Leaving Certificate Examination (including Day School Certificate (Higher) General paper), 1937
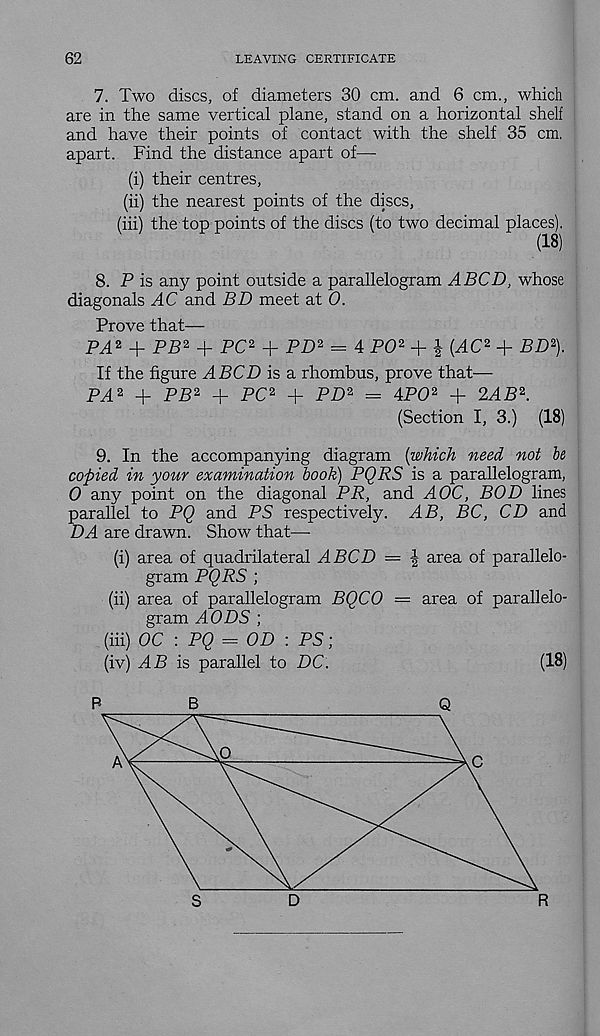
62
LEAVING CERTIFICATE
7. Two discs, of diameters 30 cm. and 6 cm., which
are in the same vertical plane, stand on a horizontal shelf
and have their points of contact with the shelf 35 cm.
apart. Find the distance apart of—
(i) their centres,
(ii) the nearest points of the discs,
(hi) the top points of the discs (to two decimal places).
(18)
8. P is any point outside a parallelogram ABCD, whose
diagonals AC and BD meet at 0.
Prove that—
PA 2 + PB 2 + PC 2 + PD 2 = 4 PO 2 + | (AC 2 + BD 2 ).
If the figure ABCD is a rhombus, prove that—
PA 2 + PB 2 + PC 2 + PD 2 = 4P0 2 + 2AB 2 .
(Section I, 3.) (18)
9. In the accompanying diagram (which need not be
copied in your examination book) PQRS is a parallelogram,
0 any point on the diagonal PR, and AOC, BOD lines
parallel to PQ and PS respectively. AB, BC, CD and
DA are drawn. Show that—
(i) area of quadrilateral ABCD = \ area of parallelo-
gram PQRS ;
(ii) area of parallelogram BQCO — area of parallelo-
gram AODS ;
(hi) OC : PQ = OD : PS ;
(iv) AB is parallel to DC.
(18)
P
B
Q